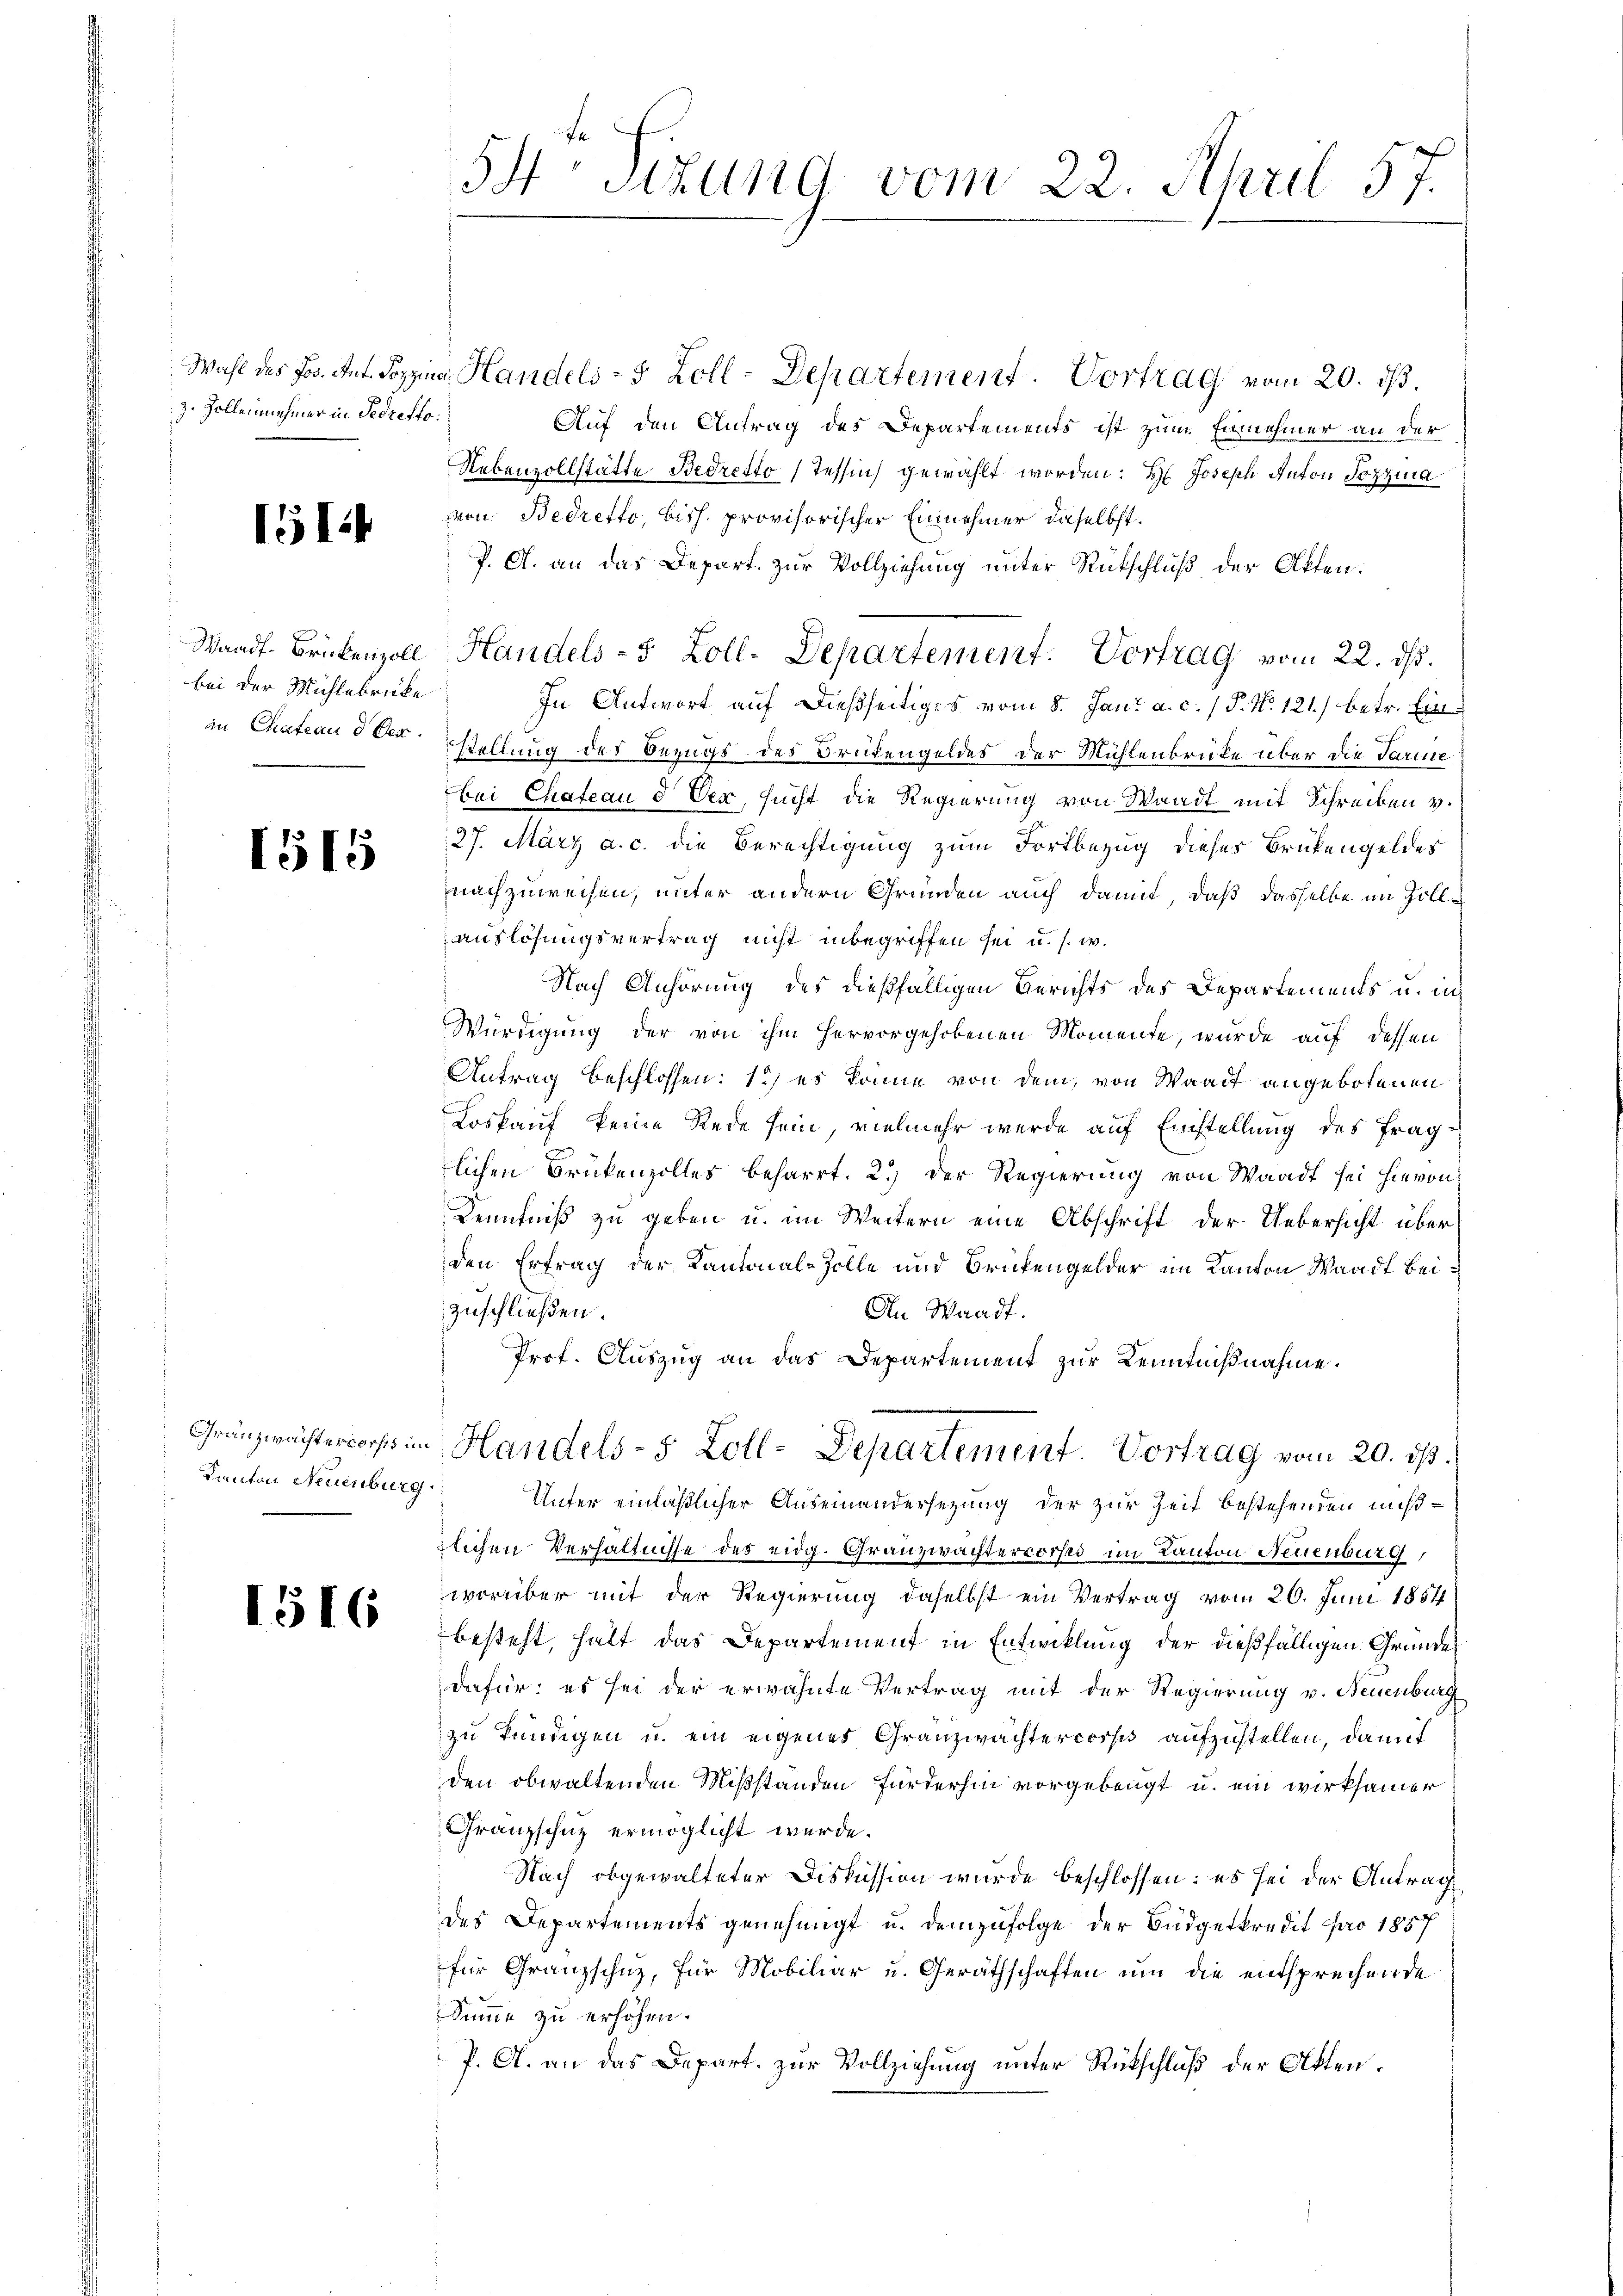
z. Zollennehmer in Gedretto:

1512

Waadt-Brückenzoll
bei der Mühlebrücke
in Chateau d. Dez.

1515

Gränzwachterworfes in
Kanton Neuenburg

1516

54 sizung vom 22. April 57.

Wahl des Jos. Ant. Pozzina Handels- 5 Zoll-Departement. Vortrag vom 20. ds.
Auf den Antrag des Departements ist zum Einnehmer an der
Nebenzollstätte Bedretto (Tessin gewählt worden: H: Joseph Anton Sozia
von Bedretto, biss. provisorischer Einnehmer daselbst.
P. A. an das Depart. zur Vollziehung unter Rückschluß der Akten:
In Antwort auf dießseitiges vom 8. Jani a. c. / P. Nr. 121.) betr. Einstellung des Bezugs- des Brutengeldes der Mühlenbrüke über die Tarine
bei Chateau d. Der sucht die Regierung von Waadt mit Schreiben v.
27. März a. c. die Berechtigung zum Fortbezug dieses Brükengeldes
nachzuweisen, unter andern Gründen auch damit, daß dasselbe im Zollauslösungsvertrag nicht inbegriffen sei u. s. w.
Nach Anhörung des dießfälligen Berichts des Departements u. in
Würdigung der von ihm hervorgehobenen Momente, wurde auf dessen
Antrag beschlossen: 1) es könne von dem, von Waadt angebotenen
Loskauf keine Rede sein, vielmehr werde auf Einstellung des Fraglichen Brükenzolles beharrt. 2.) Der Regierung von Waadt sei hievon
Kenntniß zu geben u. im Weitern eine Abschrift der Uebersicht über
den Ertrag der Kantonal-Zolle und Brükengelder im Kanton Waadt beizuschließen.
An Waadt.
Prof. Auszug an das Departement zur Kenntnißnahme.
Handels- 5 Zoll-Departement. Vortrag vom 20. ds.
Unter einläßlicher Auseinandersezung der zur Zeit bestehenden mißlichen Verhältnisse des eidg. Granzwachtercorses im Kanton Neuenburg,
worüber mit der Regierung daselbst ein Vertrag vom 26. Juni 1854
besteht, halt das Departement in Entwicklung der dießfälligen Gründe
dafür, es sei der erwähnte Vertrag mit der Regierung v. Neuenburg
zu kündigen u. ein eigenes Granzwachtercorps aufzustellen, damit
den obwaltenden Mißständen Fürderhin vorgebeugt u. ein wirksamer
Granzschuz ermöglicht werde.
Nach obgewalteter Diskussion wurde beschlossen: es sei der Antrag
des Departements genehmigt u. demzufolge der Büdgetkredit pro 1857
für Granzschuz, für Mobiliar u. Geräthschaften um die entsprechende
Summe zu erhöhen.
P. A. an das Depart. zur Vollziehung unter Rückschluß der Akten.

Handels- 5 Zoll-Departement. Vortrag vom 22. ds.